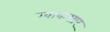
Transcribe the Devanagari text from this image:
खाकसार